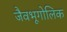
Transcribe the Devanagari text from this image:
जैवभूगोलिक